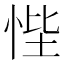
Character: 悂